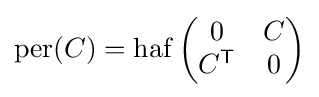
\operatorname {per} (C)=\operatorname {haf} {\begin{pmatrix}0&C\\C^{\mathsf {T}}&0\end{pmatrix}}